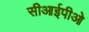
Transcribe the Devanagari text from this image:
सीआईपीओ